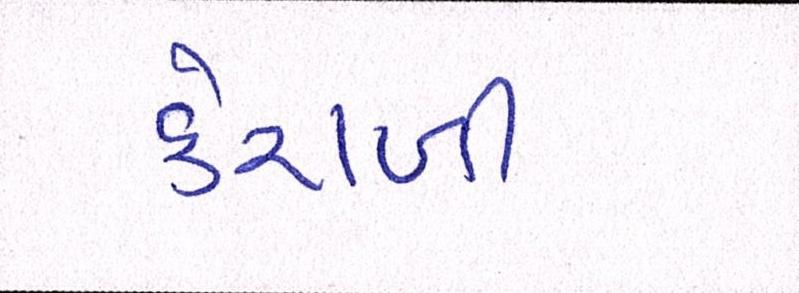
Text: કેરાળી